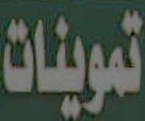
تموينات